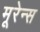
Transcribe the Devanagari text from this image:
मूरेन्स